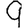
Digit: 9